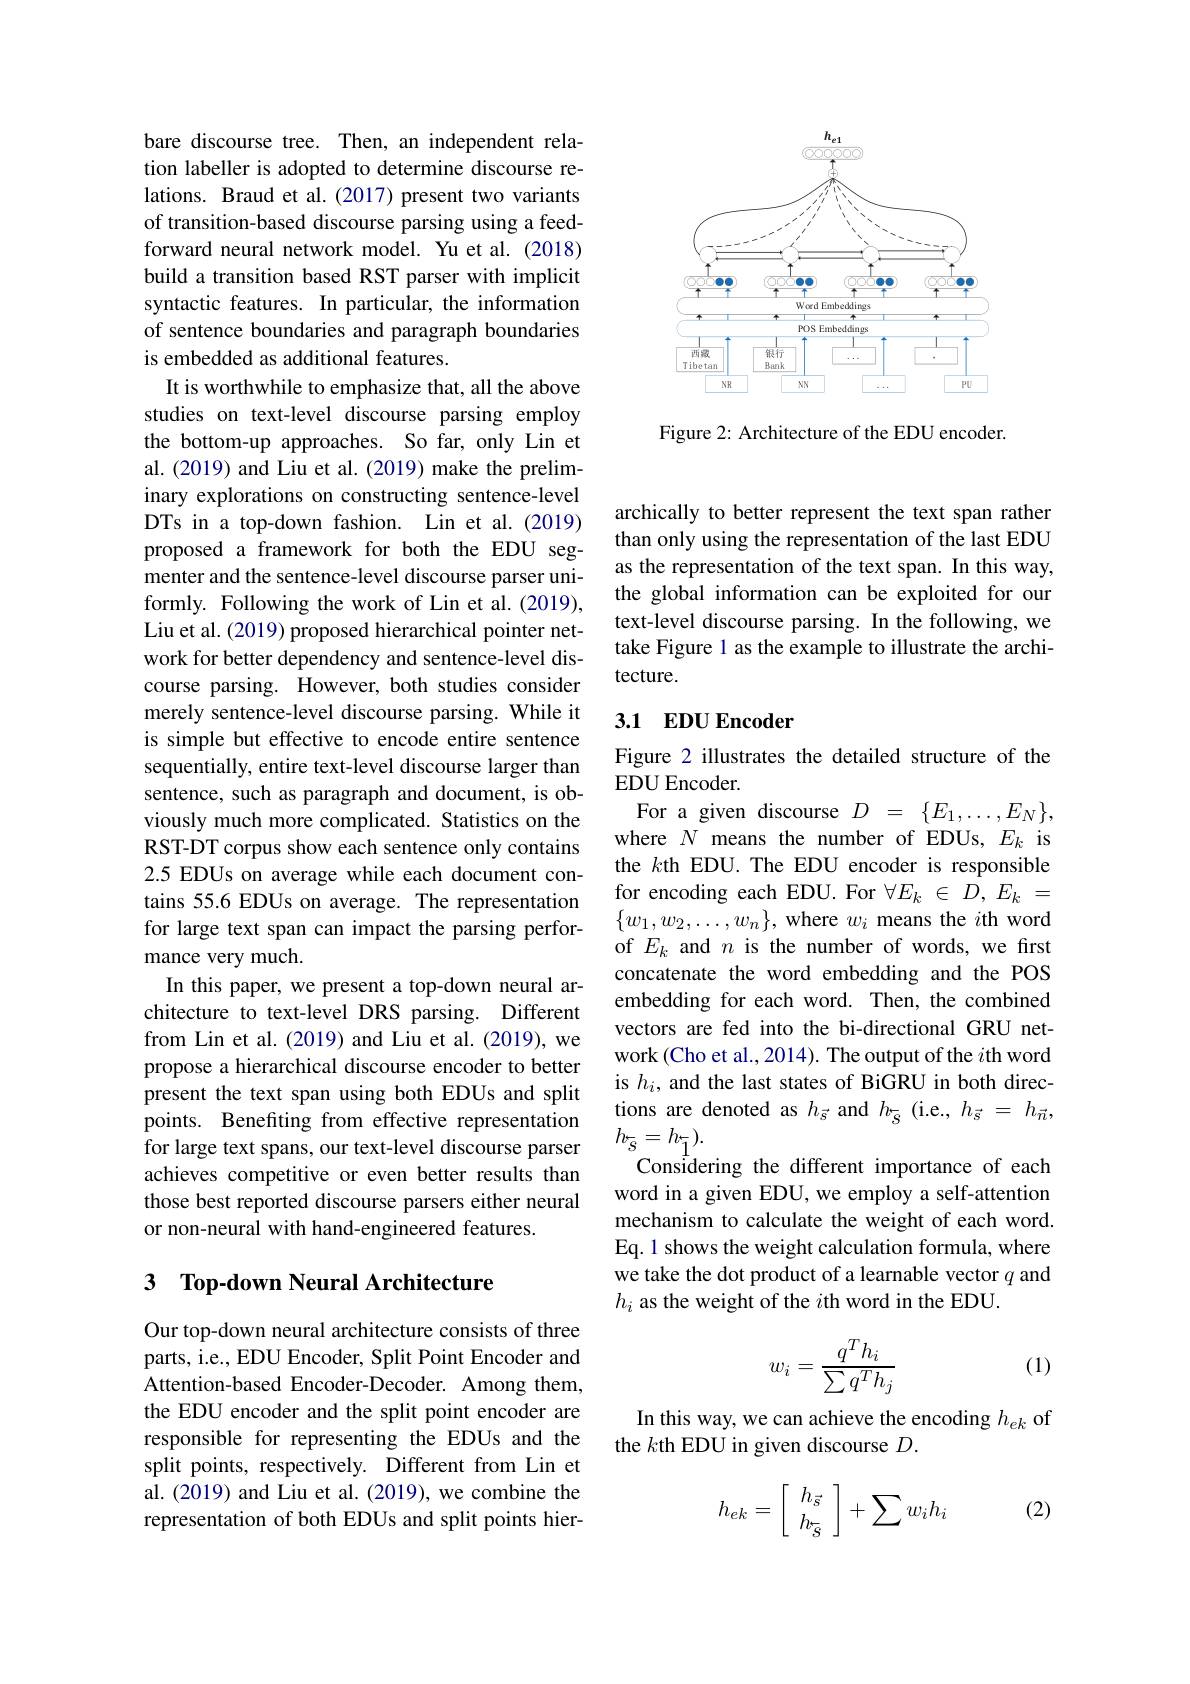
<FigureHere>

Figure 2: Architecture of the EDU encoder.

bare discourse tree. Then, an independent relation labeller is adopted to determine discourse relations. Braud et al.(2017) present two variants of transition-based discourse parsing using a feedforward neural network model. Yu et al. (2018) build a transition based RST parser with implicit syntactic features. In particular, the information of sentence boundaries and paragraph boundaries is embedded as additional features.
It is worthwhile to emphasize that, all the above studies on text-level discourse parsing employ the bottom-up approaches. So far, only Lin et al. (2019) and Liu et al. (2019) make the preliminary explorations on constructing sentence-level DTs in a top-down fashion. Lin et al.(2019) proposed a framework for both the EDU segmenter and the sentence-level discourse parser uniformly. Following the work of Lin et al. (2019), Liu et al. (2019) proposed hierarchical pointer network for better dependency and sentence-level discourse parsing. However, both studies consider merely sentence-level discourse parsing. While it is simple but effective to encode entire sentence sequentially, entire text-level discourse larger than sentence, such as paragraph and document, is obviously much more complicated. Statistics on the RST-DT corpus show each sentence only contains 2.5 EDUs on average while each document contains 55.6 EDUs on average. The representation for large text span can impact the parsing performance very much.
In this paper, we present a top-down neural architecture to text-level DRS parsing. Different from Lin et al.(2019) and Liu et al.(2019), we propose a hierarchical discourse encoder to better present the text span using both EDUs and split points. Benefiting from effective representation for large text spans, our text-level discourse parser achieves competitive or even better results than those best reported discourse parsers either neural or non-neural with hand-engineered features.

## 3 Top-down Neural Architecture

Our top-down neural architecture consists of three parts, i.e., EDU Encoder, Split Point Encoder and Attention-based Encoder-Decoder. Among them, the EDU encoder and the split point encoder are responsible for representing the EDUs and the split points, respectively. Different from Lin et al.(2019) and Liu et al.(2019), we combine the representation of both EDUs and split points hier-

archically to better represent the text span rather than only using the representation of the last EDU as the representation of the text span. In this way, the global information can be exploited for our text-level discourse parsing. In the following, we take Figure l as the example to illustrate the architecture.

## 3.1 EDU Encoder

Figure 2 illustrates the detailed structure of the
EDU Encoder.
For a given discourse $D=\{E_1,\ldots,E_N\}$, where $N$ means the number of EDUs, $E_k$ is the $k$th EDU.The EDU encoder is responsible for encoding each EDU. For $\forall E_k\in D,E_k=$ $\{w_1,w_2,\ldots,w_n\}$, where $w_i$ means the $i$th word of $E_k$ and $n$ is the number of words, we first concatenate the word embedding and the POS embedding for each word. Then, the combined vectors are fed into the bi-directional GRU network (Cho et al., 2014). The output of the $i$th word is $h_i$, and the last states of BiGRU in both directions are denoted as $h_{\vec{s}}$ and $h_{\vec{S}}$ (i.e., $h_{\vec{s}}=h_{\vec{n}}$, $h_{\overline{s}}=h_{\underline{1}}).$
Considering the different importance of each word in a given EDU, we employ a self-attention mechanism to calculate the weight of each word. Eq.1 shows the weight calculation formula, where we take the dot product of a learnable vector $q$ and $h_i$ as the weight of the $i$th word in the EDU.
$$w_i=\frac{q^Th_i}{\sum q^Th_j}$$
(1)

In this way, we can achieve the encoding $h_ek$ of
the $k$th EDU in given discourse $D.$

(2)
$$h_{ek}=\left[\begin{array}{c}h_{\vec{s}}\\h_{\overline{s}}\end{array}\right]+\sum w_ih_i$$